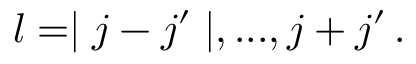
l = \mid j - j ^ { \prime } \mid , . . . , j + j ^ { \prime } \, .